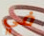
في